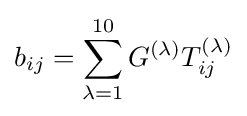
b_{ij}=\sum _{\lambda =1}^{10}G^{(\lambda )}T_{ij}^{(\lambda )}